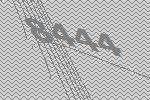
8444